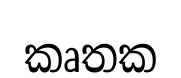
කෘතක